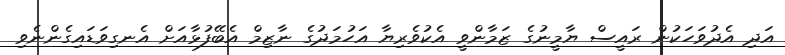
އަދި އެދުވަހަކުން ރައީސް ޔާމީނުގެ ޒަމާންވީ އެކުވެރިޔާ އަހުމަދުގެ ނާޒިމް އެބޭފުޅާއަށް އެނގިވަޑައިގެންނެވި